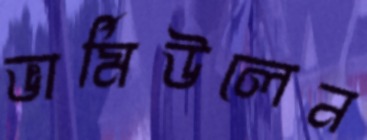
ভার্মিউলেন